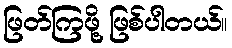
ဖြတ်ကြဖို့ ဖြစ်ပါတယ်။